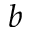
b